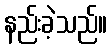
နည်းခဲ့သည်။